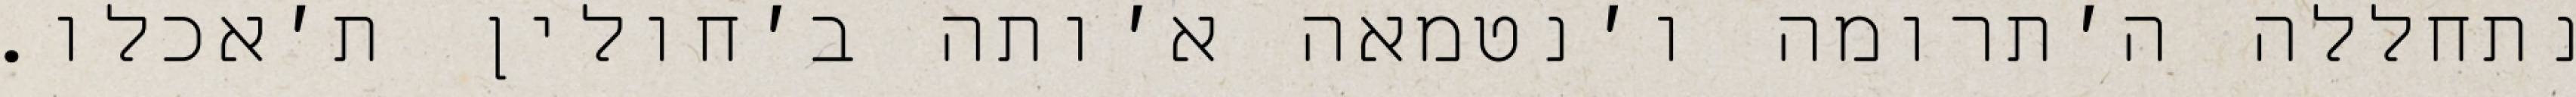
נתחללה ה׳תרומה ו׳נטמאה א׳ותה ב׳חולין ת׳אכלו.